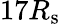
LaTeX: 17R_{\mathrm{s}}